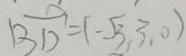
\overrightarrow { B D } = ( - \sqrt { 3 } , 3 , 0 )